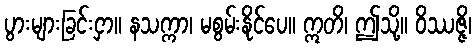
ပွားများခြင်းငှာ။ နသက္ကာ၊ မစွမ်းနိုင်ပေ။ ဣတိ၊ ဤသို့။ ဝိဿဇ္ဇိ၊